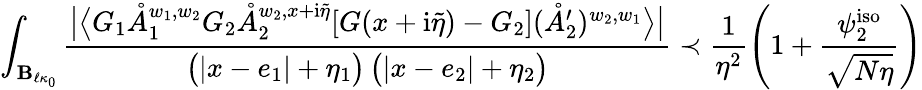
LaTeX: \int_{\mathbf{B}_{\ell\kappa_{0}}}\frac{\big|\big\langle G_{1}\mathring{A}_{1}^{w_{1},w_{2}}G_{2}\mathring{A}_{2}^{w_{2},x+\mathrm{i}\tilde{\eta}}[G(x+\mathrm{i}\tilde{\eta})-G_{2}](\mathring{A}_{2}^{\prime})^{w_{2},w_{1}}\big\rangle\big|}{\big(|x-e_{1}|+\eta_{1}\big)\, \big(|x-e_{2}|+\eta_{2}\big)}\prec\frac{1}{\eta^{2}}\left(1+\frac{\psi_{2}^{\mathrm{iso}}}{\sqrt{N\eta}}\right)